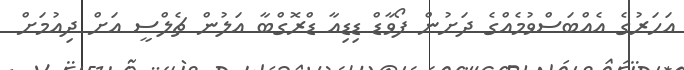
އަހަރުގެ އެއްބަސްވުމެއްގެ ދަށުން ފޯވާޑް ޑިޑިއާ ޑްރޮގްބާ އަލުން ޗެލްސީ އަށް ދިއުމަށް